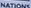
NATION